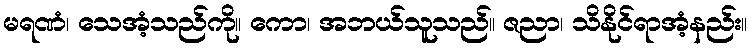
မရဏံ၊ သေအံ့သည်ကို။ ကော၊ အဘယ်သူသည်။ ဇညာ၊ သိနိုင်ရာအံ့နည်း။